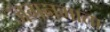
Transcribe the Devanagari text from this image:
जगनमाता